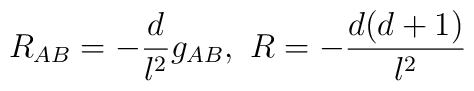
R_{AB}= -\frac{d}{l^2}g_{AB},\,\, R=-\frac{d(d+1)}{l^2}